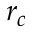
r _ { c }